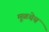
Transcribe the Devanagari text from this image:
मूळचेच